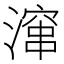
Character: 𪷚